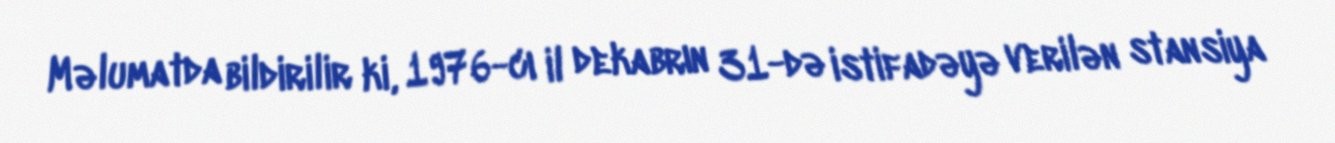
Məlumatda bildirilir ki, 1976-cı il dekabrın 31-də istifadəyə verilən stansiya